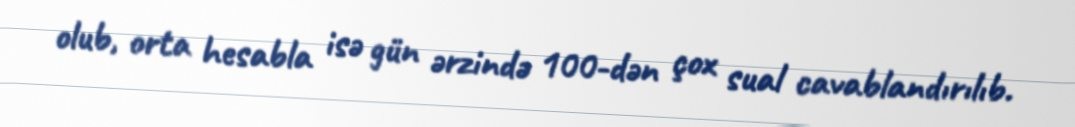
olub, orta hesabla isə gün ərzində 100-dən çox sual cavablandırılıb.